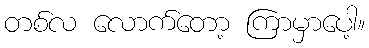
တစ်လ လောက်တော့ ကြာမှာပေါ့။